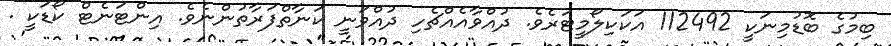
ބިމުގެ ބޮޑުމިނަކީ 112492 އަކަކިލޯމީޓަރެވެ. ދުއްވާއެއްޗެހި ދުއްވަނީ ކަނާތްފަރާތުންނެވެ. އިންޓަނެޓް ކޯޑަކީ .